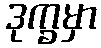
ဒုက္ခမှာ